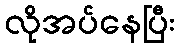
လိုအပ်နေပြီး